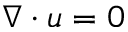
\nabla \cdot u = 0